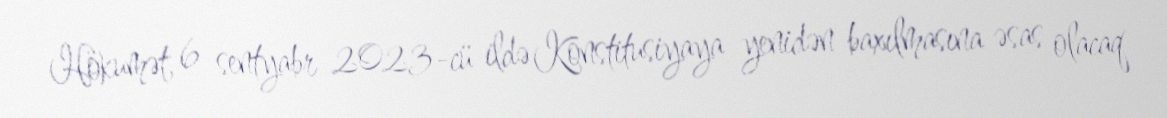
Hökumət, 6 sentyabr 2023-cü ildə Konstitusiyaya yenidən baxılmasına əsas olacaq